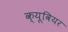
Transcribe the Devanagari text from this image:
क्यूवियर